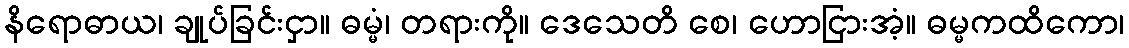
နိရောဓာယ၊ ချုပ်ခြင်းငှာ။ ဓမ္မံ၊ တရားကို။ ဒေသေတိ စေ၊ ဟောငြားအံ့။ ဓမ္မကထိကော၊